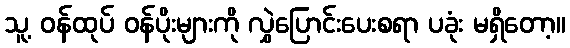
သူ့ ဝန်ထုပ် ဝန်ပိုးများကို လွှဲပြောင်းပေးစရာ ပခုံး မရှိတော့။